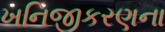
ખનિજીકરણના